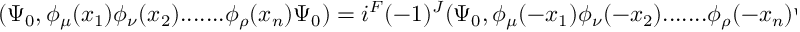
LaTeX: ( \Psi _ { 0 } , \phi _ { \mu } ( x _ { 1 } ) \phi _ { \nu } ( x _ { 2 } ) . . . . . . . \phi _ { \rho } ( x _ { n } ) \Psi _ { 0 } ) = i ^ { F } ( - 1 ) ^ { J } ( \Psi _ { 0 } , \phi _ { \mu } ( - x _ { 1 } ) \phi _ { \nu } ( - x _ { 2 } ) . . . . . . . \phi _ { \rho } ( - x _ { n } ) \Psi _ { 0 } )